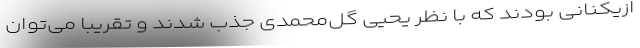
ازیکنانی بودند که با نظر یحیی گل‌محمدی جذب شدند و تقریباً می‌توان